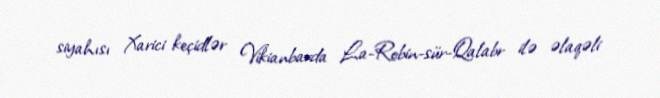
siyahısı Xarici keçidlər Vikianbarda La-Robin-sür-Qalabr ilə əlaqəli